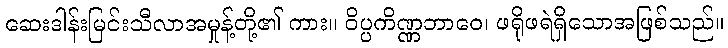
ဆေးဒါန်းမြင်းသီလာအမှုန့်တို့၏ ကား။ ဝိပ္ပကိဏ္ဏဘာဝေ၊ ဖရိုဖရဲရှိသောအဖြစ်သည်။